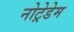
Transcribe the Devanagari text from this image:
नोट्रेडेम